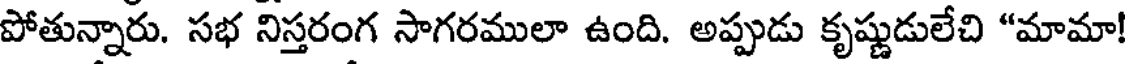
పోతున్నారు. సభ నిస్తరంగ సాగరములా ఉంది. అప్పుడు కృష్ణుడులేచి "మామా!